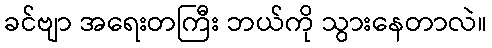
ခင်ဗျာ အရေးတကြီး ဘယ်ကို သွားနေတာလဲ။